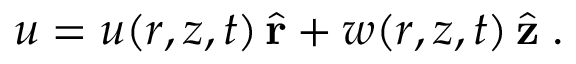
\boldsymbol { u } = u ( r , z , t ) \, \hat { \mathbf r } + w ( r , z , t ) \, \hat { \mathbf z } \; .